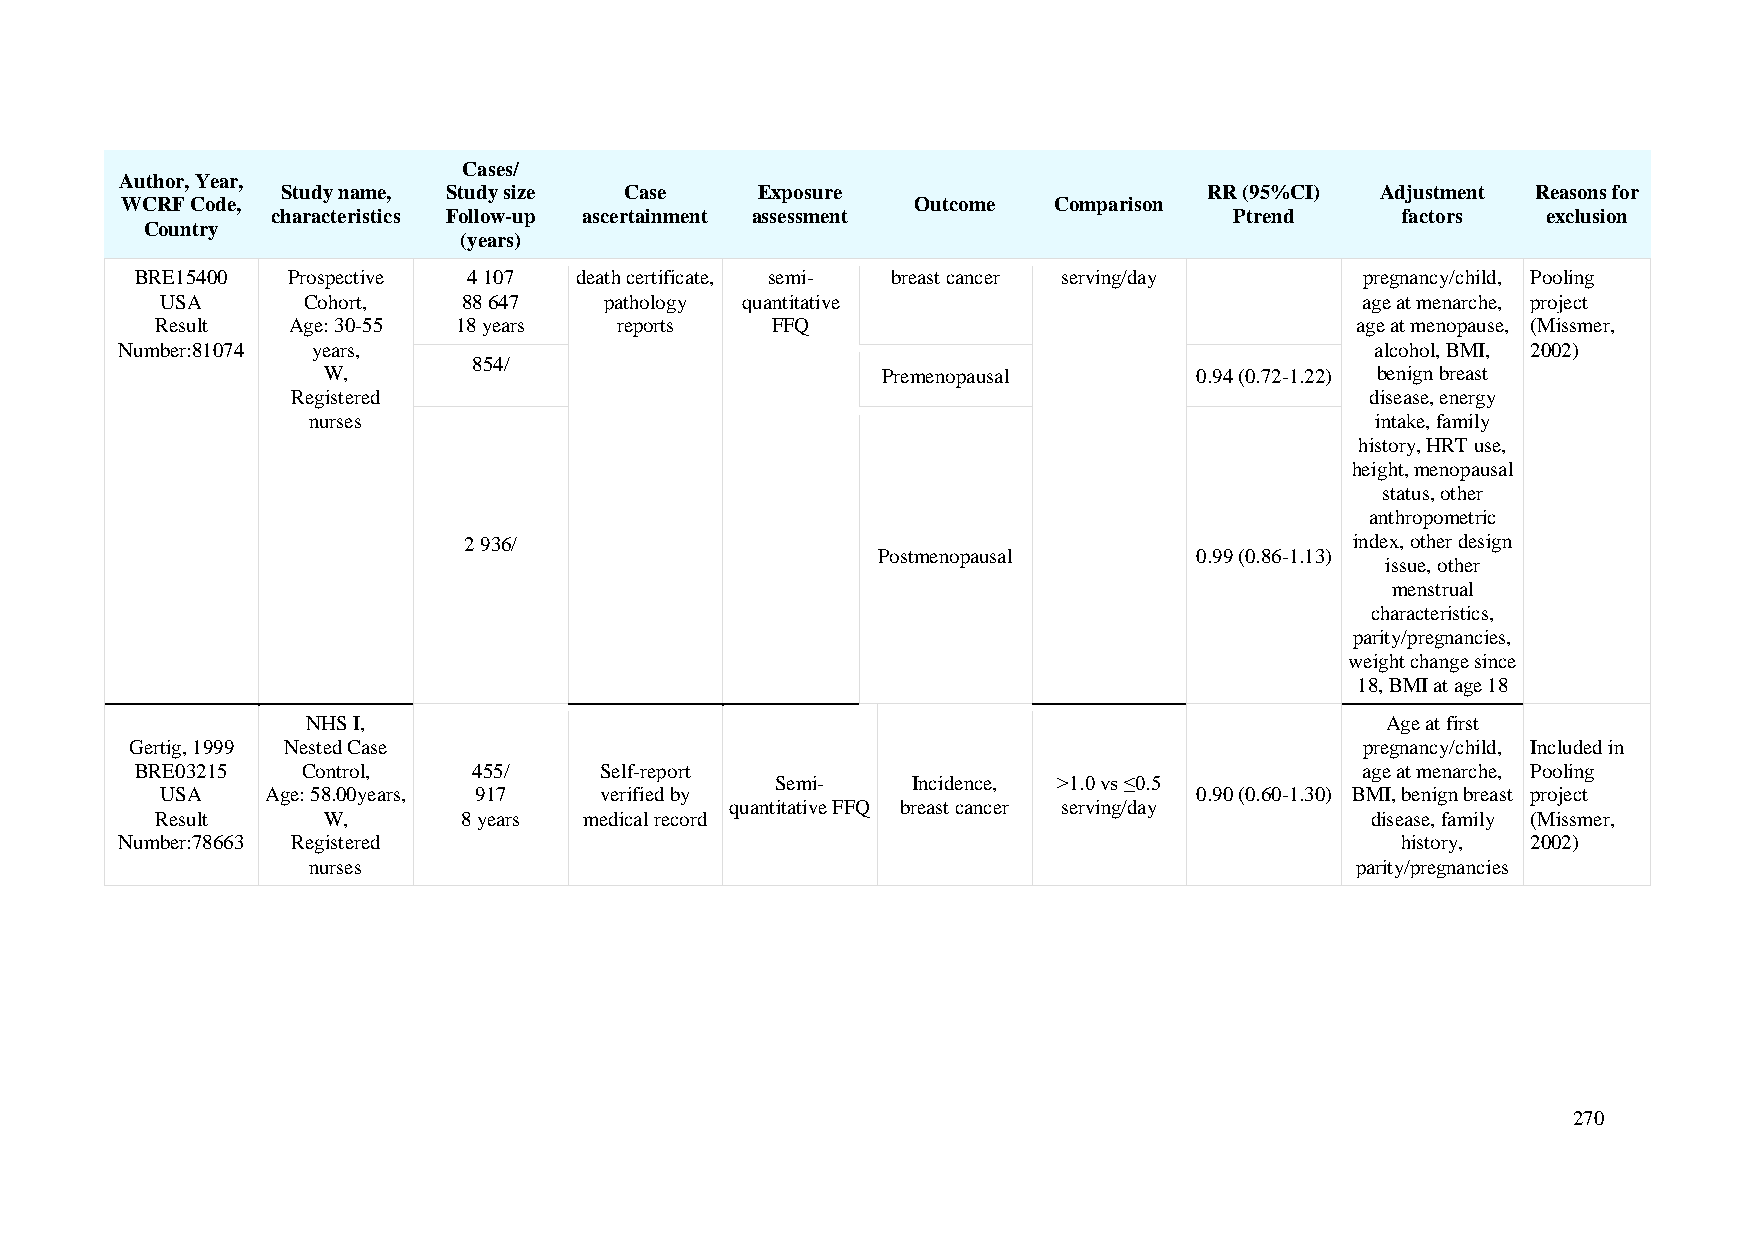
Cases/
 Author, Year,
 Study name, Study size Case    Exposure                      RR (95%CI) Adjustment Reasons for
 WCRF Code,                                           Outcome  Comparison
 characteristics Follow-up ascertainment assessment              Ptrend     factors  exclusion
 Country
 (years)
 BRE15400  Prospective 4 107  death certificate, semi- breast cancer serving/day  pregnancy/child, Pooling
 USA      Cohort,    88 647   pathology quantitative                            age at menarche, project
 Result   Age: 30-55 18 years   reports   FFQ                                    age at menopause, (Missmer,
 Number:81074 years,                                                                alcohol, BMI, 2002)
 854/
 W,                                   Premenopausal        0.94 (0.72-1.22) benign breast
 Registered                                                              disease, energy
 nurses                                                                 intake, family
 history, HRT use,
 height, menopausal
 status, other
 anthropometric
 2 936/                                                     index, other design
 Postmenopausal       0.99 (0.86-1.13)
 issue, other
 menstrual
 characteristics,
 parity/pregnancies,
 weight change since
 18, BMI at age 18
 NHS I,                                                                  Age at first
 Gertig, 1999 Nested Case                                                         pregnancy/child, Included in
 BRE03215   Control,   455/     Self-report                                       age at menarche, Pooling
 Semi-    Incidence, >1.0 vs ≤0.5
 USA    Age: 58.00years, 917  verified by                            0.90 (0.60-1.30) BMI, benign breast project
 quantitative FFQ breast cancer serving/day
 Result     W,        8 years medical record                                      disease, family (Missmer,
 Number:78663 Registered                                                              history, 2002)
 nurses                                                                parity/pregnancies
 270